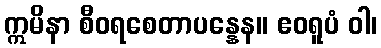
ဣမိနာ စီဝရစေတာပန္နေန။ ဧဝရူပံ ဝါ၊